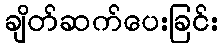
ချိတ်ဆက်ပေးခြင်း